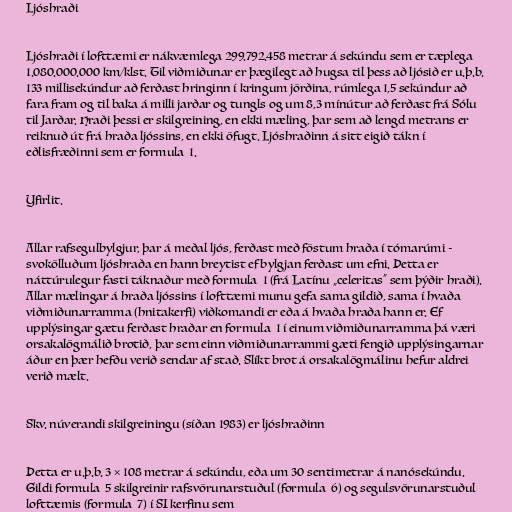
Ljóshraði

Ljóshraði í lofttæmi er nákvæmlega 299.792.458 metrar á sekúndu sem er tæplega
1.080.000.000 km/klst. Til viðmiðunar er þægilegt að hugsa til þess að ljósið er u.þ.b.
133 millisekúndur að ferðast hringinn í kringum jörðina, rúmlega 1,5 sekúndur að
fara fram og til baka á milli jarðar og tungls og um 8,3 mínútur að ferðast frá Sólu
til Jarðar. Hraði þessi er skilgreining, en ekki mæling, þar sem að lengd metrans er
reiknuð út frá hraða ljóssins, en ekki öfugt. Ljóshraðinn á sitt eigið tákn í
eðlisfræðinni sem er formula_1.

Yfirlit.

Allar rafsegulbylgjur, þar á meðal ljós, ferðast með föstum hraða í tómarúmi -
svokölluðum ljóshraða en hann breytist ef bylgjan ferðast um efni. Þetta er
náttúrulegur fasti táknaður með formula_1 (frá Latínu „celeritas“ sem þýðir hraði).
Allar mælingar á hraða ljóssins í lofttæmi munu gefa sama gildið, sama í hvaða
viðmiðunarramma (hnitakerfi) viðkomandi er eða á hvaða hraða hann er. Ef
upplýsingar gætu ferðast hraðar en formula_1 í einum viðmiðunarramma þá væri
orsakalögmálið brotið, þar sem einn viðmiðunarrammi gæti fengið upplýsingarnar
áður en þær hefðu verið sendar af stað. Slíkt brot á orsakalögmálinu hefur aldrei
verið mælt.

Skv. núverandi skilgreiningu (síðan 1983) er ljóshraðinn

Þetta er u.þ.b. 3 × 108 metrar á sekúndu, eða um 30 sentimetrar á nanósekúndu.
Gildi formula_5 skilgreinir rafsvörunarstuðul (formula_6) og segulsvörunarstuðul
lofttæmis (formula_7) í SI kerfinu sem